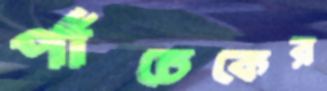
পাঁচেকের